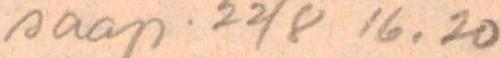
saap. 22/8 16.20